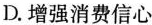
D.增强消费信心